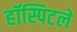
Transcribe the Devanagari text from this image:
हॉस्पिटले